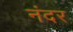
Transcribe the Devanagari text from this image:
नंदर